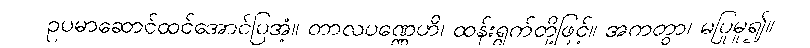
ဥပမာဆောင်ထင်အောင်ပြအံ့။ တာလပဏ္ဏေဟိ၊ ထန်းရွက်တို့ဖြင့်။ အကတွာ၊ မပြုမူ၍။